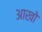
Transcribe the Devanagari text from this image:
आखो